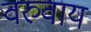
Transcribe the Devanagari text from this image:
वरुवाय